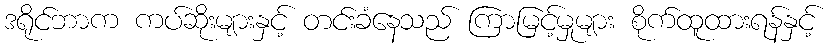
ဒရိုင်ဘာက ကပ်ဆိုးများနှင့် တင်းခံနေသည် ကြာမြင့်မှုများ စိုက်ထူထားရန်နှင့်